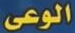
الوعى